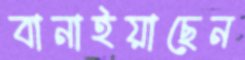
বানাইয়াছেন